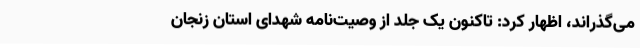
می‌گذراند، اظهار کرد: تاکنون یک جلد از وصیت‌نامه شهدای استان زنجان